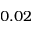
0 . 0 2